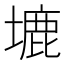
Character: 塶